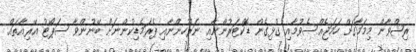
ރިޝްވާން މިމަމާގަށް ހަމަޖެއްސެވުމާއި ގުޅިގެން ޑޮކްޓަރުންނާއި ނަރުހުންނާއި ޕެރަމެޑިކުންނަށް ބޭނުންވާ ސަޕޯޓު އޭރިއާތައް